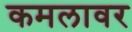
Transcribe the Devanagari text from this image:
कमलावर